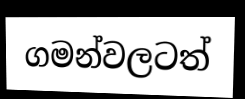
ගමන්වලටත්